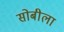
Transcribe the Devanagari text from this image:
सोबीला